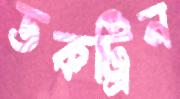
ডকট্রিন